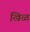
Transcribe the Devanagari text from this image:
खिळ